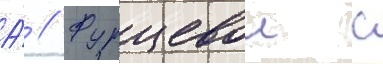
А́ // Фурцевои с